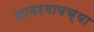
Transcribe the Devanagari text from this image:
सावरगावच्या